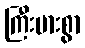
ကြီးမားစွာ